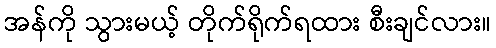
အန်ကို သွားမယ့် တိုက်ရိုက်ရထား စီးချင်လား။